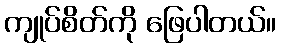
ကျုပ်စိတ်ကို ဖြေပါတယ်။